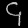
Digit: ၄